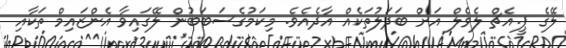
ލޭގެ ޕީ.އެޗް ލެވެލް އަށް ބަދަލުތަކެއް އާދެއެވެ. މިކަމުގެސަބަބުން ލޭގައިވާ އެންޒައިމް ތަކާއި